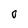
Character: O